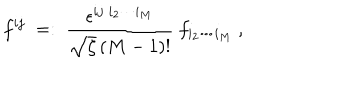
f ^ { i j } \; = : \; \frac { \epsilon ^ { i j \; i _ { 2 } \cdots i _ { M } } } { \sqrt { \zeta } \, ( M - 1 ) ! } \ f _ { i _ { 2 } \cdots i _ { M } } \ ,